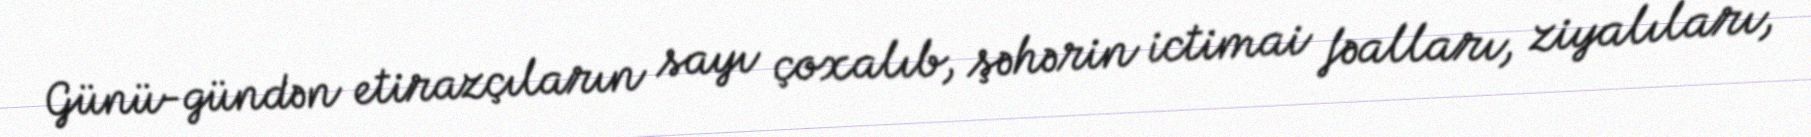
Günü-gündən etirazçıların sayı çoxalıb, şəhərin ictimai fəalları, ziyalıları,